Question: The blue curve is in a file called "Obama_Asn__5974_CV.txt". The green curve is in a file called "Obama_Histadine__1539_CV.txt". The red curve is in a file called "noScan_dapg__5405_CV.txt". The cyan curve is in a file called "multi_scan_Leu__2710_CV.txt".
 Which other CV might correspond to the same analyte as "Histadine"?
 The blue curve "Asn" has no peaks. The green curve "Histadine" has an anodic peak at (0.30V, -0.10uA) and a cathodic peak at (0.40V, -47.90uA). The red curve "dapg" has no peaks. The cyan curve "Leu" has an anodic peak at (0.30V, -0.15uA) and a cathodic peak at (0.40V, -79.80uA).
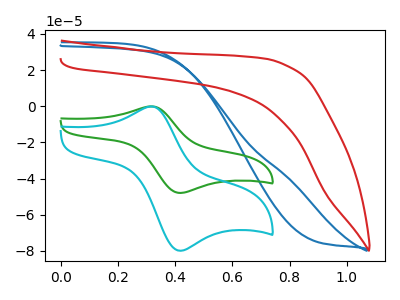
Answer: <think>"Asn" and "Histadine" have a different number of peaks. Neither "Asn" or "dapg" have any peaks. "Asn" and "Leu" have a different number of peaks. "Histadine" and "dapg" have a different number of peaks. All the peaks in "Histadine" have a peak in "Leu" at the same potential. "dapg" and "Leu" have a different number of peaks.
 </think>
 <answer>The CV with the most similar shape to "Leu" is "Histadine".</answer>
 <eval>"Histadine"</eval>